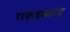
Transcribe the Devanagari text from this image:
गरूड़ध्वज